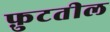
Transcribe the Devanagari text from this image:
फ़ुटतील